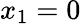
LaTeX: x_{1}=0